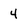
Character: 4